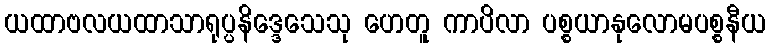
ယထာဗလယထာသာရုပ္ပနိဒ္ဒေသေသု ဟေတူ ကာပိလာ ပစ္စယာနုလောမပစ္စနီယ